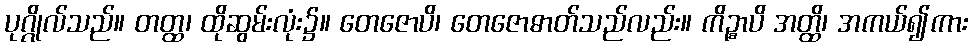
ပုဂ္ဂိုလ်သည်။ တတ္ထ၊ ထိုဆွမ်းလုံး၌။ တေဇောပိ၊ တေဇောဓာတ်သည်လည်း။ ကိဉ္စာပိ အတ္ထိ၊ အကယ်၍ကား